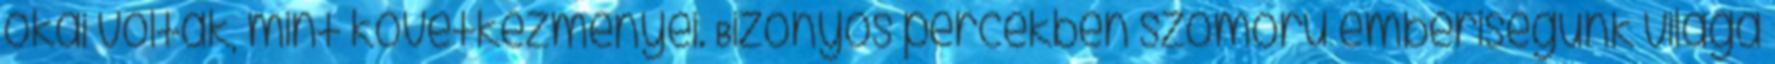
okai voltak, mint következményei. Bizonyos percekben szomorú emberiségünk világa